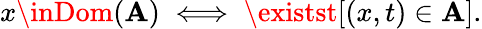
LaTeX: x\inDom(\mathbf{A})\iff\existst[(x,t)\in\mathbf{A}].